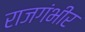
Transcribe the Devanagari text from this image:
राजगंभीर